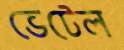
ভেটেল